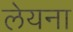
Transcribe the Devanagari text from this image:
लेयना